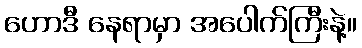
ဟောဒီ နေရာမှာ အပေါက်ကြီးနဲ့။